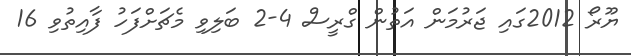
ޔޫރޯ 2012ގައި ޖަރުމަން އަތުން ގްރީސް 4-2 ބަލިވި މެޗަށްފަހު ފާއިތުވި 16